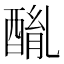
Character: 𨡦